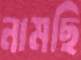
নামছি